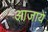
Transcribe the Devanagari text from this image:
आजायें